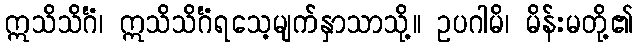
ဣသိသိင်္ဂံ၊ ဣသိသိင်္ဂံရသေ့မျက်နှာသာသို့။ ဥပဂါမိ၊ မိန်းမတို့၏